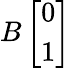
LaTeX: B\left[\begin{array}{l}{0}\\ {1}\end{array}\right]